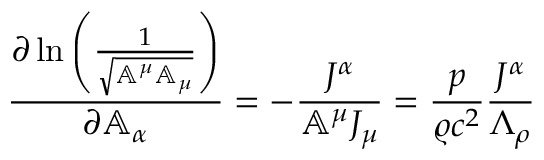
\frac { \partial \ln { \left( \frac { 1 } { \sqrt { \mathbb { A } ^ { \mu } \mathbb { A } _ { \mu } } } \right) } } { \partial \mathbb { A } _ { \alpha } } = - \frac { J ^ { \alpha } } { \mathbb { A } ^ { \mu } J _ { \mu } } = \frac { p } { \varrho c ^ { 2 } } \frac { J ^ { \alpha } } { \Lambda _ { \rho } }